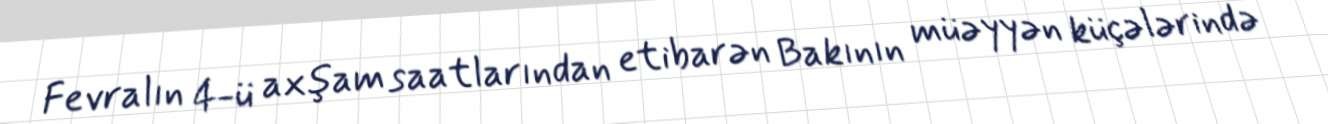
Fevralın 4-ü axşam saatlarından etibarən Bakının müəyyən küçələrində